General report no. 6 on the lunatic asylums, vaccination and dispensaries in the Bengal Presidency, 1873 -
Year: 1873
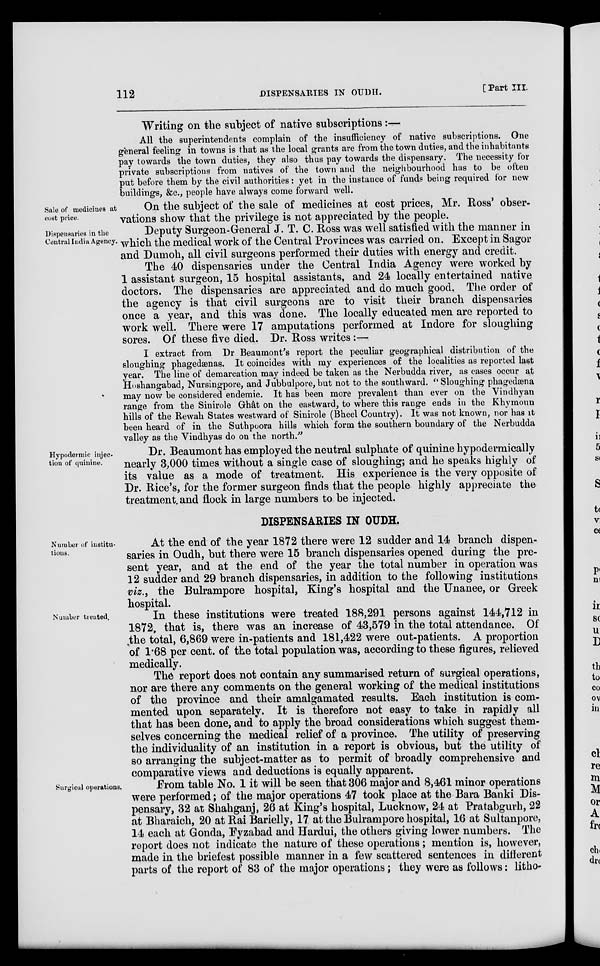
112
DISPENSARIES IN OUDH.
[Part III.
Writing on the subject of native subscriptions :—
All the superintendents complain of the insufficiency of native subscriptions. One
general feeling in towns is that as the local grants are from the town duties, and the inhabitants
pay towards the town duties, they also thus pay towards the dispensary. The necessity for
private subscriptions from natives of the town and the neighbourhood has to be often
put before them by the civil authorities: yet in the instance of funds being required for new
buildings, &c., people have always come forward well.
Sale of medicines at
cost price.
On the subject of the sale of medicines at cost prices, Mr. Ross' obser-
vations show that the privilege is not appreciated by the people.
Dispensaries in the
Central India Agency.
Deputy Surgeon-General J. T. C. Ross was well satisfied with the manner in
which the medical work of the Central Provinces was carried on. Except in Sagor
and Dumoh, all civil surgeons performed their duties with energy and credit.
The 40 dispensaries under the Central India Agency were worked by
1 assistant surgeon, 15 hospital assistants, and 24 locally entertained native
doctors. The dispensaries are appreciated and do much good. The order of
the agency is that civil surgeons are to visit their branch dispensaries
once a year, and this was done. The locally educated men are reported to
work well. There were 17 amputations performed at Indore for sloughing
sores. Of these five died. Dr. Ross writes :—
I extract from Dr Beaumont's report the peculiar geographical distribution of the
sloughing phagedænas. It coincides with my experiences of the localities as reported last
year. The line of demarcation may indeed be taken as the Nerbudda river, as cases occur at
Hoshangabad, Nursingpore, and Jubbulpore, but not to the southward. " Sloughing phagedæna
may now be considered endemic. It has been more prevalent than ever on the Vindhyan
range from the Sinirole Ghât on the eastward, to where this range ends in the Khymoun
hills of the Rewah States westward of Sinirole (Bheel Country). It was not known, nor has it
been heard of in the Suthpoora hills which form the southern boundary of the Nerbudda
valley as the Vindhyas do on the north."
Hypodermic injec-
tion of quinine.
Dr. Beaumont has employed the neutral sulphate of quinine hypodermically
nearly 3,000 times without a single case of sloughing; and he speaks highly of
its value as a mode of treatment. His experience is the very opposite of
Dr. Rice's, for the former surgeon finds that the people highly appreciate the
treatment and flock in large numbers to be injected.
DISPENSARIES IN OUDH.
Number of institu-
tions.
At the end of the year 1872 there were 12 sudder and 14 branch dispen-
saries in Oudh, but there were 15 branch dispensaries opened during the pre-
sent year, and at the end of the year the total number in operation was
12 sudder and 29 branch dispensaries, in addition to the following institutions
viz., the Bulrampore hospital, King's hospital and the Unanee, or Greek
hospital.
Number treated.
In these institutions were treated 188,291 persons against 144,712 in
1872, that is, there was an increase of 43,579 in the total attendance. Of
the total, 6,869 were in-patients and 181,422 were out-patients. A proportion
of 1.68 per cent. of the total population was, according to these figures, relieved
medically.
The report does not contain any summarised return of surgical operations,
nor are there any comments on the general working of the medical institutions
of the province and their amalgamated results. Each institution is com-
mented upon separately. It is therefore not easy to take in rapidly all
that has been done, and to apply the broad considerations which suggest them-
selves concerning the medical relief of a province. The utility of preserving
the individuality of an institution in a report is obvious, but the utility of
so arranging the subject-matter as to permit of broadly comprehensive and
comparative views and deductions is equally apparent.
Surgical operations.
From table No. 1 it will be seen that 306 major and 8,461 minor operations
were performed; of the major operations 47 took place at the Bara Banki Dis-
pensary, 32 at Shahganj, 26 at King's hospital, Lucknow, 24 at Pratabgurh, 22
at Bharaich, 20 at Rai Barielly, 17 at the Bulrampore hospital, 16 at Sultanpore,
14 each at Gonda, Fyzabad and Hardui, the others giving lower numbers. The
report does not indicate the nature of these operations; mention is, however,
made in the briefest possible manner in a few scattered sentences in different
parts of the report of 83 of the major operations; they were as follows: litho¬